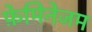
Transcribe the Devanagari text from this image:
फ़ेमिनेजम